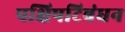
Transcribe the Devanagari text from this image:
पक्षिपटिबंधन